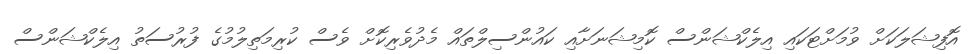
އޮފިޝަލަކަށް ވުމަށްޓަކައި އިލެކްޝަންސް ކޮމިޝަނަށާއި ކައުންސިލްތައް މެދުވެރިކޮށް ވެސް ކުރިމަތިލުމުގެ ފުރުސަތު އިލެކްޝަންސް